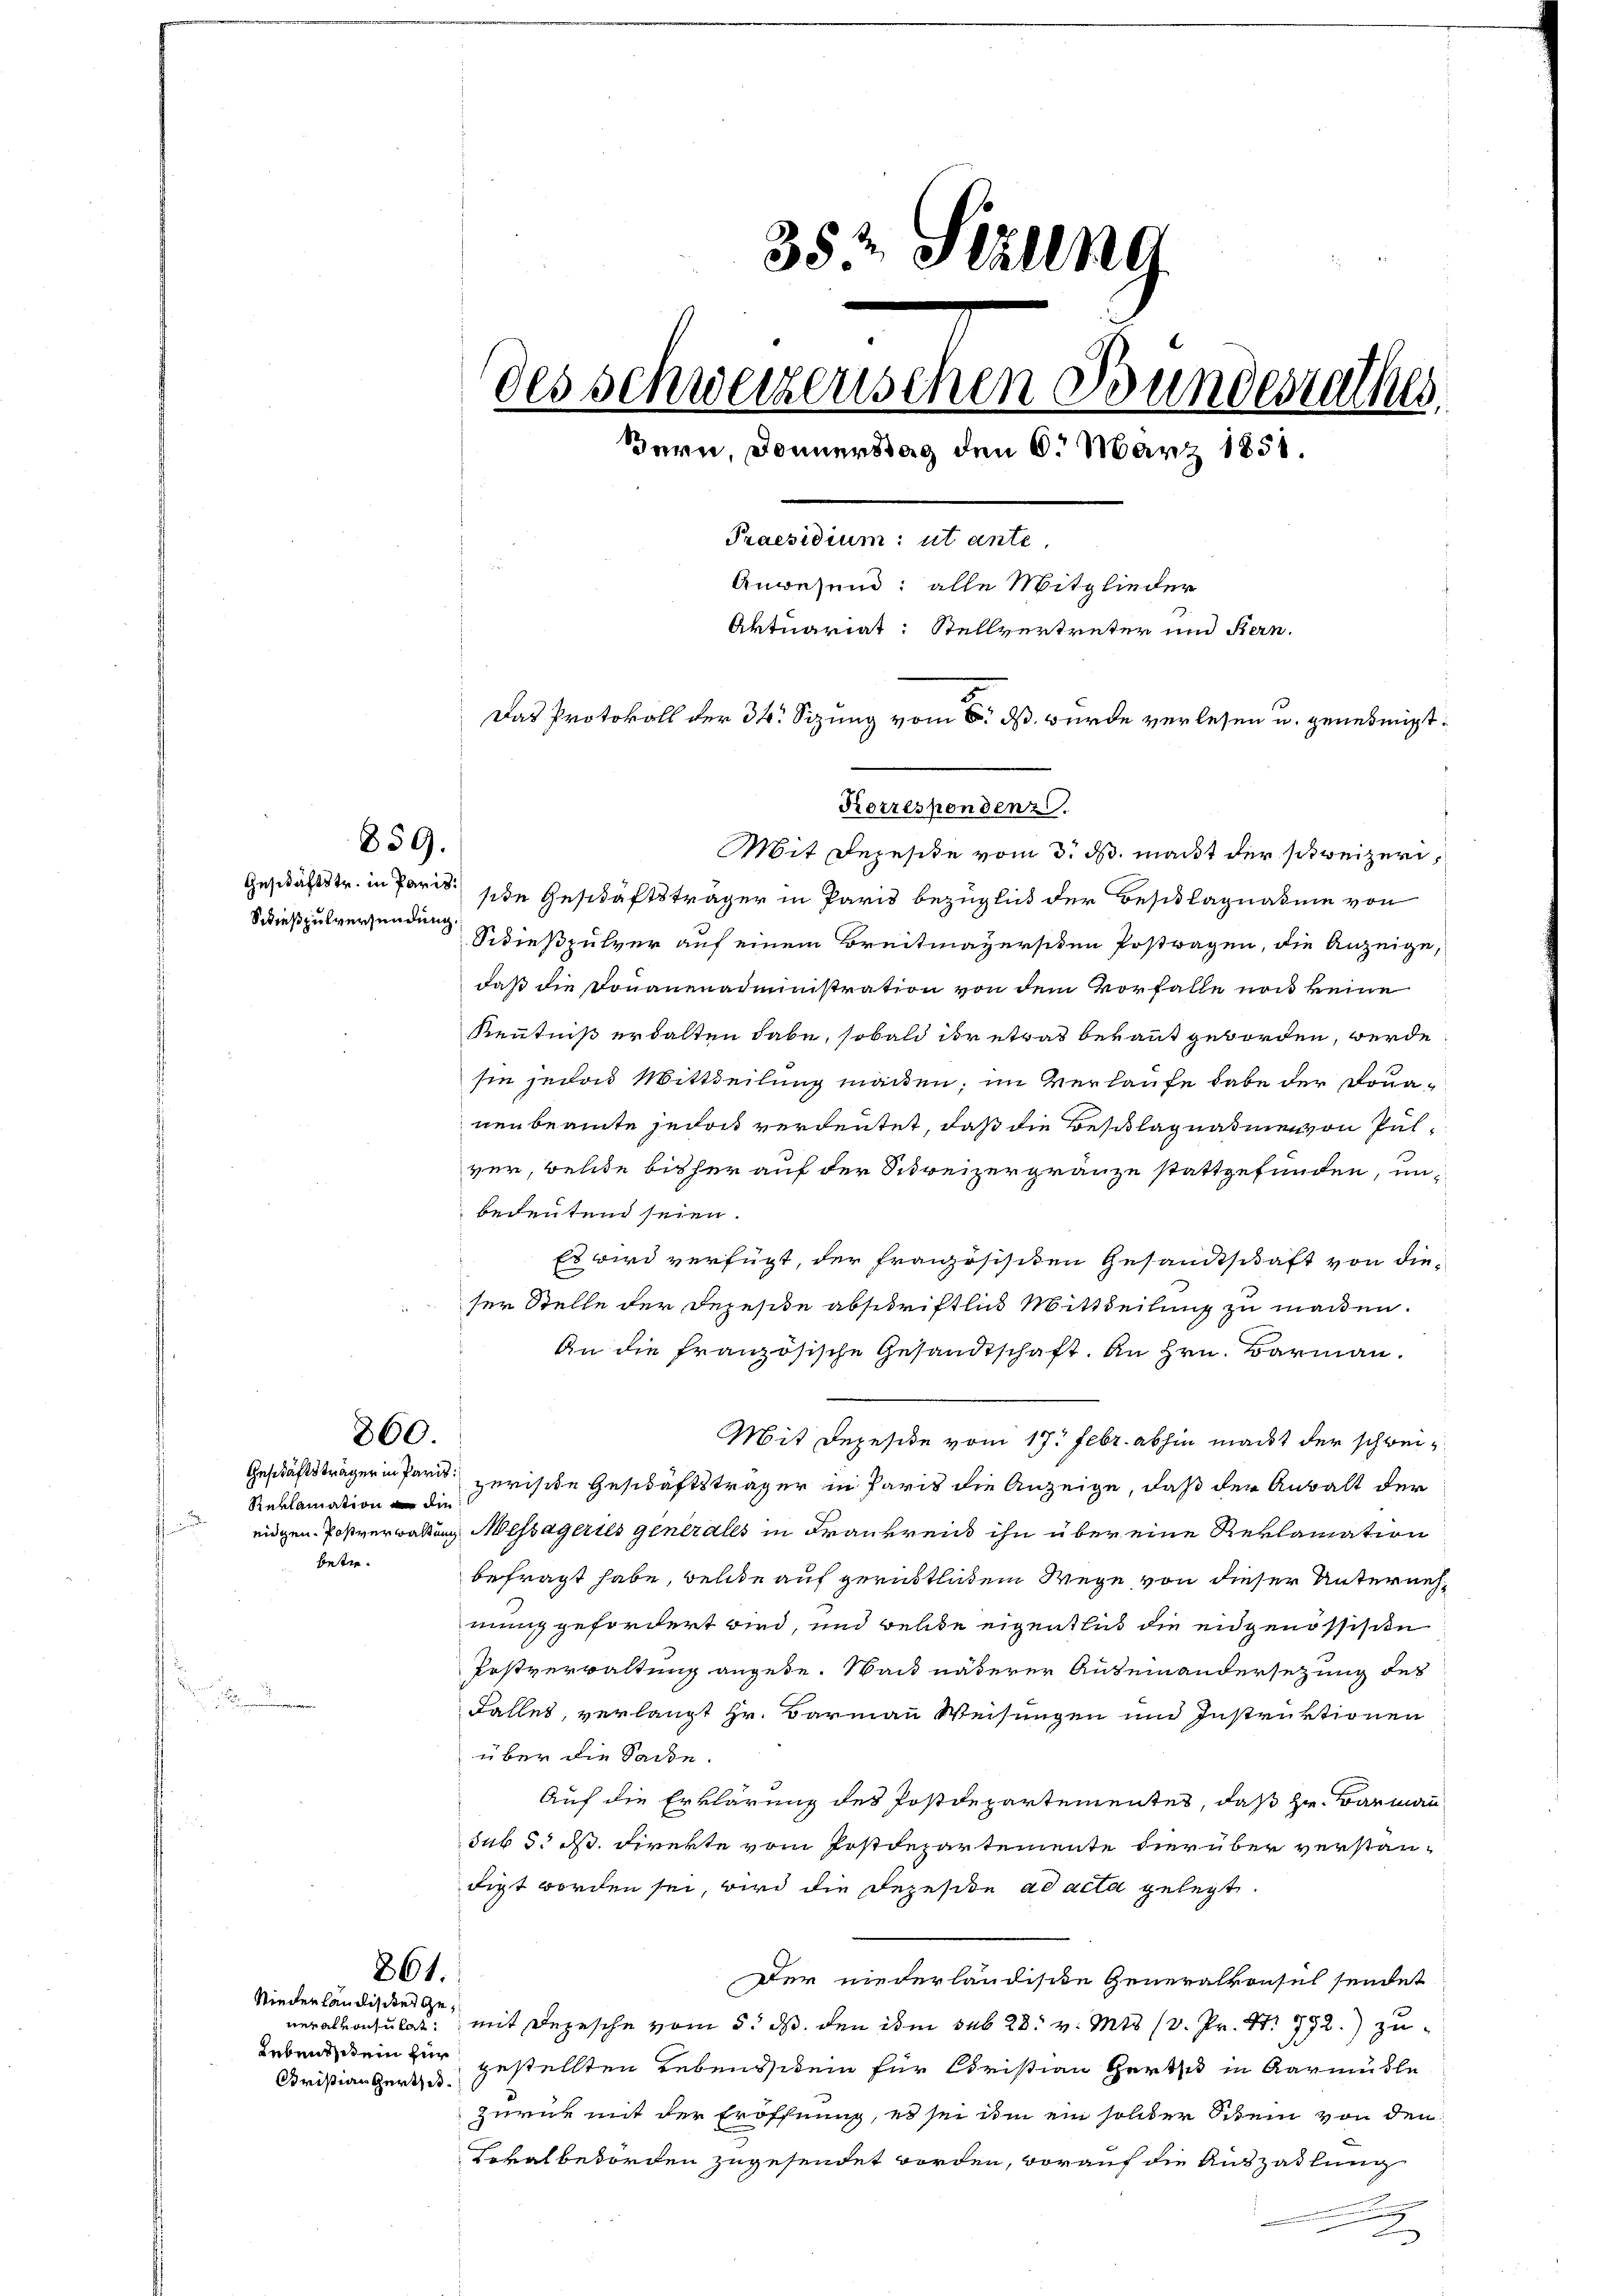
859.

860.

Reklamation an die
betre¬

861.

Niederländisches Gewerath anzulet
Lebens dein zur
Kristian Hert, u.

352 Ställng
des schweizenschen Bundesrathes.
Bern, Donnerstag den 6. März 1858.
Praesidium: ut ante.
Anwesend: alle Mitglieder
Aktuariat: Stellvertreter und Bern.
Das Protokoll der 34. Sizung vom 6. ds. wurde verlesen u. genehmigt.
Korrespondenz.

Geschäftstr. in Paris sie Geschäftsträger in Paris bezüglich der Beschlagnasii von
ießpulversendung Schießpulver auf einem Breitmayersitzen Postwagen, die Anzeige,
daß die Donauenadministration von dem Vorfalle noch keine
Kenntniß erhalten habe, sobald ihr etwas bekannt geworden, werde
sie jedes Mittheilung machen; im Verlaufe habe der Donaneubeamte jedoch verdeutet, daß die Beschlagnahme von Pulver, welde bisher auf der Schreizergränze stattgefunden, unbedeutend seien.
Es wird verfügt, der französisiten Gesandtschaft von dieser Stelle der Depeside abschriftlich Mittheilung zu machen.
An die französische Gesandtschaft. An Hrn. Barmann,
Mit Depeside vom 17. Febr. abhin macht der schweiz
Geschäftsträger in Paris zerische Geschäftsträger in Paris die Anzeige, daß der Anwalt der
eidgen. Postverwaltung Messägeries generales in Frankreiss ihn über eine Reklamation
befragt habe, welche auf gerüstlichem Wege von dieser Unternehmung gefordert wird, und welde eigentlich die eidgenössisten
Postverwaltung angebe. Wand näherer Auseinandersezung des
Falles, verlangt Hr. Barmann Weisungen und Instruktionen
über die Sacke.
Auf die Erklärung des Postdepartementes, daß Hr. Baumann
sub 5. ds. Direkte vom Postdepartemente hierüber verstan-
digt worden sei, wird die Dezeside ad acta gelegt.
Der niederländische Generalkonsul sendet
mit Depesche vom 5. ds. den im sub 28. v. Mts. (3. Pr. S. 772.) zugestellten Lebensstein für Christian Gertsch in Aarmuste
Zurück mit der Eröffnung, es sei im ein solider Schein von den
Lokalbehörden zugesendet worden, worauf die Auszahlung

Mit Rejesite vom 3. ds. mant der schweizeri¬